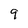
Character: 9